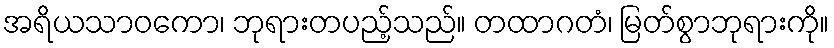
အရိယသာဝကော၊ ဘုရားတပည့်သည်။ တထာဂတံ၊ မြတ်စွာဘုရားကို။